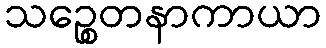
သဉ္စေတနာကာယာ